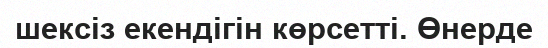
шексіз екендігін көрсетті. Өнерде